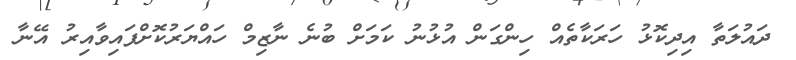
ދައުލަތާ އިދިކޮޅު ހަރަކާތެއް ހިންގަން އުޅުނު ކަމަށް ބުނެ ނާޒިމް ހައްޔަރުކޮށްފައިވާއިރު އޭނާ